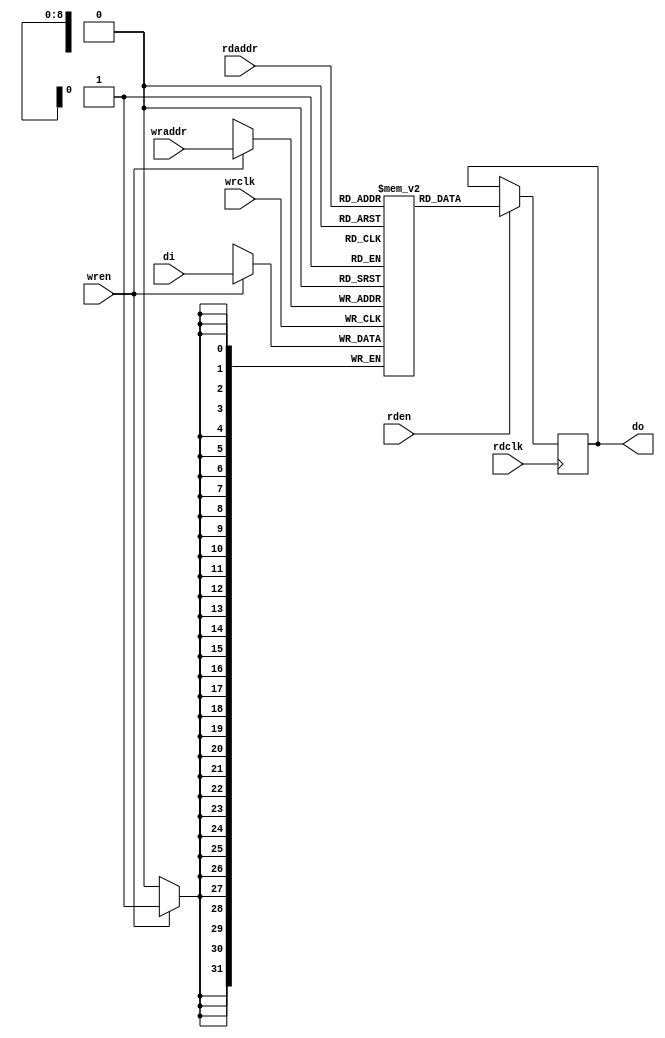
// Copyright (C) 2021  The Symbiflow Authors.
//
// Use of this source code is governed by a ISC-style
// license that can be found in the LICENSE file or at
// https://opensource.org/licenses/ISC
//
// SPDX-License-Identifier: ISC

module ram0(
    // Write port
    input wrclk,
    input [31:0] di,
    input wren,
    input [8:0] wraddr,
    // Read port
    input rdclk,
    input rden,
    input [8:0] rdaddr,
    output reg [31:0] do);

    (* ram_style = "block" *) reg [31:0] ram[0:511];

    integer i;
    initial begin
        for (i=0; (i<511); i=(i+1)) begin
            if ( i % 10 == 0)
                ram[i] = 32'b00000000_00000000_00000000_00000001;
            else if ( i % 10 == 1)
                ram[i] = 32'b10101010_10101010_10101010_10101010;
            else if ( i % 10 == 2)
                ram[i] = 32'b01010101_01010101_01010101_01010101;
            else if ( i % 10 == 3)
                ram[i] = 32'b11111111_11111111_11111111_11111111;
            else if ( i % 10 == 4)
                ram[i] = 32'b11110000_11110000_11110000_11110000;
            else if ( i % 10 == 5)
                ram[i] = 32'b00001111_00001111_00001111_00001111;
            else if ( i % 10 == 6)
                ram[i] = 32'b11001100_11001100_11001100_11001100;
            else if ( i % 10 == 7)
                ram[i] = 32'b00110011_00110011_00110011_00110011;
            else if ( i % 10 == 8)
                ram[i] = 32'b00000000_00000010_00000000_00000010;
            else if ( i % 10 == 9)
                ram[i] = 32'b00000000_00000100_00000000_00000100;
        end
    end

    always @ (posedge wrclk) begin
        if(wren) begin
            ram[wraddr] <= di;
        end
    end

    always @ (posedge rdclk) begin
        if(rden) begin
            do <= ram[rdaddr];
        end
    end
endmodule

module top (
    input  wire clk,

    input  wire rx,
    output wire tx,

    input  wire butu,
    input  wire butd,
    input  wire butl,
    input  wire butr,
    input  wire butc,

    input  wire [15:0] sw,
    output wire [15:0] led
);
    wire rden;
    reg wren;
    wire [8:0] rdaddr;
    wire [8:0] wraddr;
    wire [31:0] di;
    wire [31:0] do;
    ram0 ram(
        .wrclk(clk),
        .di(di),
        .wren(wren),
        .wraddr(wraddr),
        .rdclk(clk),
        .rden(rden),
        .rdaddr(rdaddr),
        .do(do)
    );

    reg [8:0] address_reg;

    reg [31:0] data_reg;
    reg [15:0] out_reg;

    assign rdaddr = address_reg;
    assign wraddr = address_reg;

    // display_mode == 00 -> ram[address_reg][15:0]
    // display_mode == 00 && butc -> ram[address_reg][31:16]
    // display_mode == 01 -> address_reg
    // display_mode == 10 -> data_reg[15:0]
    // display_mode == 11 -> data_reg[31:16]
    wire [1:0] display_mode;

    // input_mode == 00 -> in[8:0] -> address_reg
    // input_mode == 01 && butl -> in[7:0] -> data_reg[7:0]
    // input_mode == 01 && butr -> in[7:0] -> data_reg[15:8]
    // input_mode == 10 && butl -> in[7:0] -> data_reg[23:16]
    // input_mode == 10 && butr -> in[7:0] -> data_reg[31:24]
    // input_mode == 11 -> data_reg -> ram[address_reg]
    wire [1:0] input_mode;

    // WE == 0 -> address_reg and data_reg unchanged.
    // WE == 1 -> address_reg or data_reg is updated because on input_mode.
    wire we;
    wire butc_good;

    assign display_mode[0] = sw[14];
    assign display_mode[1] = sw[15];

    assign input_mode[0] = sw[12];
    assign input_mode[1] = sw[13];

    assign we = butc;
    assign led = out_reg;
    assign di = data_reg;
    assign rden = 1;

    initial begin
        address_reg = 10'b0;
        data_reg = 32'b0;
        out_reg = 16'b0;
    end

    assign butc_good = butc;

    always @ (posedge clk) begin
        if(display_mode == 0) begin
            if (butc_good)
                out_reg <= do[31:16];
            else
                out_reg <= do[15:0];
        end else if(display_mode == 1) begin
            out_reg <= address_reg;
        end else if(display_mode == 2) begin
            out_reg <= data_reg[15:0];
        end else if(display_mode == 3) begin
            out_reg <= data_reg[31:16];
        end

        if(input_mode == 0) begin
            address_reg <= sw[10:0];
            wren <= 0;
        end else if(input_mode == 1 && butl) begin
            data_reg[7:0] <= sw[7:0];
            wren <= 0;
        end else if(input_mode == 1 && butr) begin
            data_reg[15:8] <= sw[7:0];
            wren <= 0;
        end else if(input_mode == 2 && butl) begin
            data_reg[23:16] <= sw[7:0];
            wren <= 0;
        end else if(input_mode == 2 && butr) begin
            data_reg[31:24] <= sw[7:0];
            wren <= 0;
        end else if(input_mode == 3 && we == 1) begin
            wren <= 1;
        end
    end

    // Uart loopback
    assign tx = rx;
endmodule